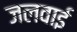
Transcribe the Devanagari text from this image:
जलवाई